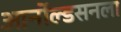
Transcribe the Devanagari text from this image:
आर्नोल्डसनला